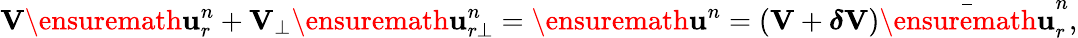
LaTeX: \mathbf{V}\ensuremath{\mathbf{u}}_{r}^{n}+\mathbf{V}_{\bot}\ensuremath{\mathbf{u}}_{r\bot}^{n}=\ensuremath{\mathbf{u}}^{n}=(\mathbf{V}+\boldsymbol{\delta}\mathbf{V})\bar{\ensuremath{\mathbf{u}}}_{r}^{n},